Report on vaccination in Madras 1877-1894 - 1877-1894
Year: 1877
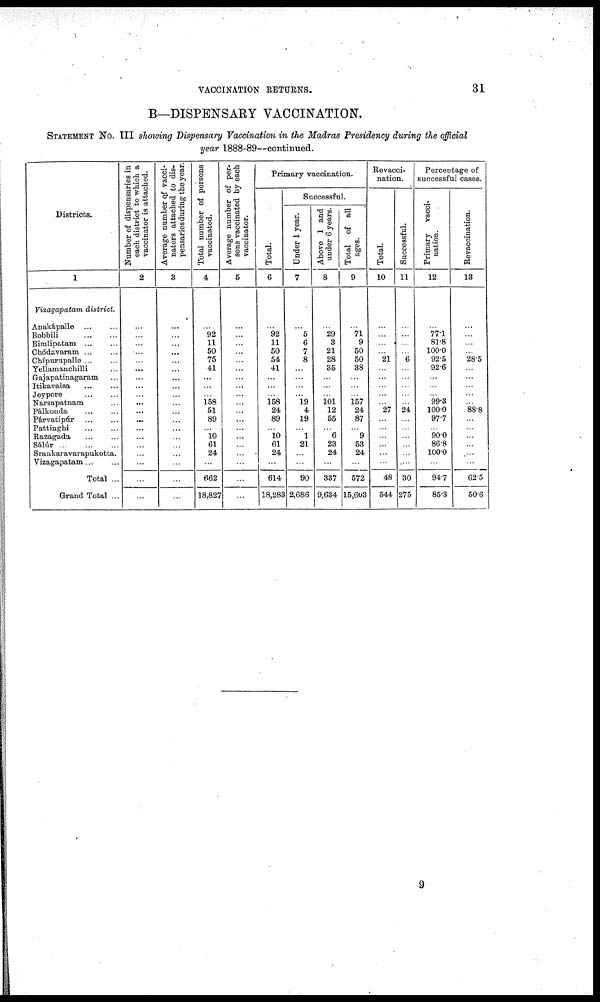
VACCINATION RETURNS.
31
B—DISPENSARY VACCINATION.
STATEMENT NO. III showing Dispensary Vaccination in the Madras Presidency during the official
year 1888-89—continued.
Districts.
1
Vizagapatam district.
Anakápalle
...
...
Bobbili
...
...
Bimlipatam
...
...
Chódavaram ... ...
Chípurupalle ... ...
Yellamanchilli ...
Gajapatinagaram ...
Itikavaisa ... ...
Jeypore ... ...
Narsapatnam ... ...
Pálkonda
...
...
Párvatipúr
...
...
Pattinghi
...
...
Razagada
...
...
Sálúr
...
...
...
Srankaravarapukotta.
Vizagapatam ... ...
Total ...
Grand Total ...
Number of dispensaries in
each district to which a
vaccinator is attached.
2
...
...
...
...
...
...
...
...
...
...
...
...
...
...
...
...
...
...
...
Average number of vacci-
nators attached to dis-
pensaries during the year.
3
...
...
...
...
...
...
...
...
...
...
...
...
...
...
...
...
...
...
...
Total number of persons
vaccinated.
4
...
92
11
50
75
41
...
...
...
158
51
89
...
10
61
24
...
662
18,827
Average number of per-
sons vaccinated by each
vaccinator.
5
...
...
...
...
...
...
...
...
...
...
...
...
...
...
...
...
...
...
...
Primary vaccination.
Total.
6
...
92
11
50
54
41
...
...
...
158
24
89
...
10
61
24
...
614
18,283
Successful.
Under 1 year.
7
...
5
6
7
8
...
...
...
...
19
4
19
...
1
21
...
...
90
2,686
Above 1 and
under 6 years.
8
...
29
3
21
28
35
...
...
... 101
12
55
...
6
23
24
...
337
9,634
Total of all
ages.
9
...
71
9
50
50
38
...
...
...
157
24
87
...
9
53
24
...
572
15,603
Revacci-
nation.
Total.
10
...
...
...
...
21
...
...
...
...
...
27
...
...
...
...
...
...
48
544
Successful.
11
...
...
...
...
6
...
...
...
...
...
24
...
...
...
...
...
...
30
275
Percentage of
successful cases.
Primary vacci-
nation.
12
...
77.1
81.8
100.0
92.5
92.6
...
...
...
99.3
100.0
97.7
...
90.0
86.8
100.0
...
94.7
85.3
Revaccination.
13
...
...
...
...
28.5
...
...
...
...
...
88.8
...
...
...
...
...
...
62.5
50.6
9